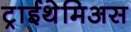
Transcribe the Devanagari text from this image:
ट्राईथेमिअस